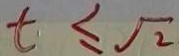
t \leq \sqrt { 2 }